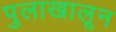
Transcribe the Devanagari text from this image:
पुलाखालून